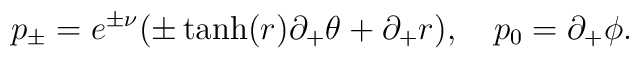
p_\pm =e^{\pm \nu} (\pm \tanh (r) \partial_+ \theta +\partial_+ r),\quad p_0=\partial_+ \phi.